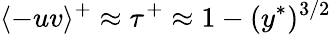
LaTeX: \langle-uv\rangle^{+}\approx\tau^{+}\approx 1-(y^{\ast})^{3/2}